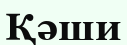
Қәши